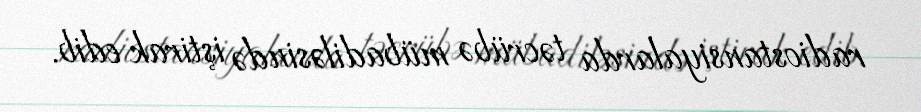
radiostansiyalarda təcrübə mübadiləsində iştirak edib.